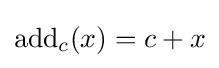
\mathrm {add} _{c}(x)=c+x